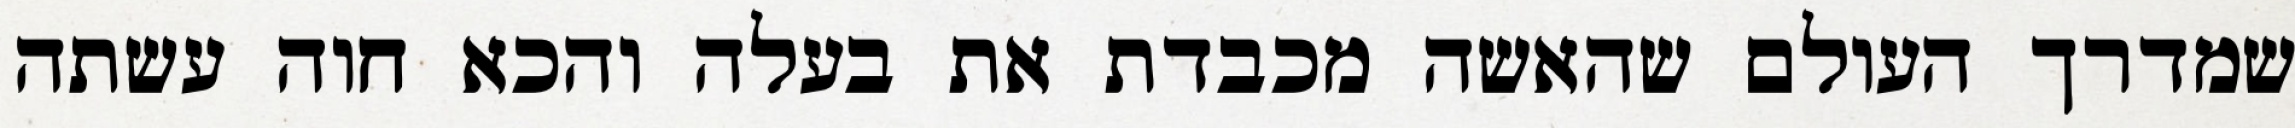
שמדרך העולם שהאשה מכבדת את בעלה והכא חוה עשתה